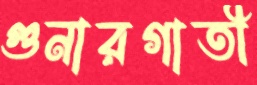
গুনারগাতী